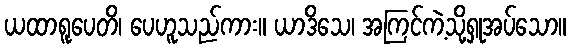
ယထာရူပေတိ၊ ပေဟူသည်ကား။ ယာဒိသေ၊ အကြင်ကဲ့သို့ရှုအပ်သော။